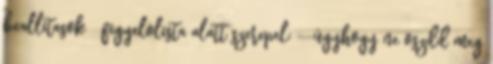
beallitasok figyelolista alatt szerepel: --úgyhogy ne oszdd meg